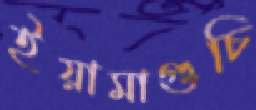
ইয়ামাগুচি